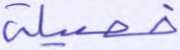
خصيلة